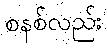
စနစ်လည်း